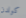
كولدن